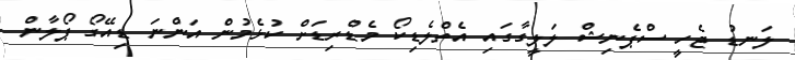
ލަނޑު ޖެހީ ސްޕެނިޝް ލަލީގާގައި އެތްލެޑިކޯ މެޑްރިޑަށް ކުޅެމުން އަންނަ ޑިއޭގޯ ޕޯލާން